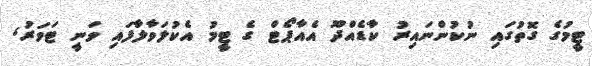
ޓީމުގެ ގޮތުގައި ނުކުންނައިރު ކާޑެއްދޫ އެއާޕޯޓް ގެ ޓީމު އެކުލަވާލާފައި ވަނީ ޓަވަރު